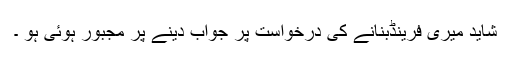
شاید میری فرینڈبنانے کی درخواست پر جواب دینے پر مجبور ہوئی ہو ۔